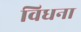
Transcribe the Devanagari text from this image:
विधना